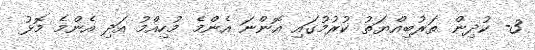
3- ކުދިން ތަރުބިއްޔަތު ކުރުމުގައި އޮންނަ އެންމެ މުހިއްމު އަދި އެންމެ މޮޅު